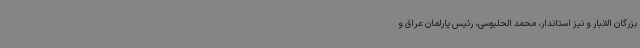
بزرگان الانبار و نیز استاندار، محمد الحلبوسی، رئیس پارلمان عراق و